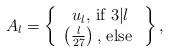
LaTeX: \begin{align*}A_l=\left\{\begin{array}{cc} u_l\textrm{, if }3|l\\ \left(\frac{l}{27}\right)\textrm{, else }\end{array}\right\},\end{align*}